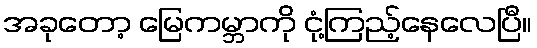
အခုတော့ မြေကမ္ဘာကို ငုံ့ကြည့်နေလေပြီ။